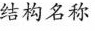
结构名称